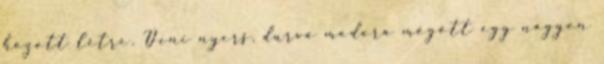
hozott létre. Deni nyers, durva modora mögött egy nagyon